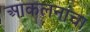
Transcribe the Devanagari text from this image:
आकलनाचा